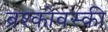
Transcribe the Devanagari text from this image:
ब्रश्कोवस्की